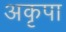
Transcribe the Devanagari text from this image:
अकृपा